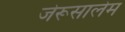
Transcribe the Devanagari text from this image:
जेरूसालेम